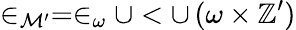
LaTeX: \in_{{\mathcal{M}}^{\prime}}=\in_{\omega}\cup<\cup\, (\omega\times\mathbb{Z}^{\prime})